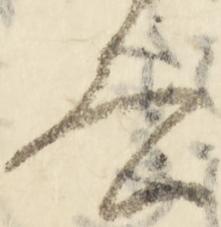
言